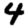
Digit: 4